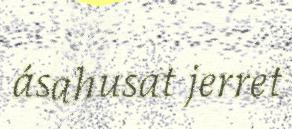
ásahusat jerret